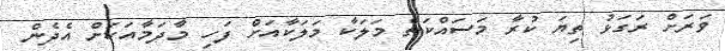
ވަރަށް ރަގަޅު ތިޔަ ކުރާ މަސައްކަތް މަލަކާ މަލަކާއަށް ފަހި މާދަމާއަކަށް އެދެން